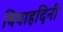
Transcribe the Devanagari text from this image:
विवाहदिनी